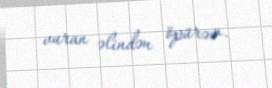
vuran əlindən öpürəm.